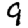
Digit: 9